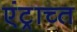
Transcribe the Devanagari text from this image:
एंट्राच्त